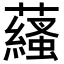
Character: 𧂩